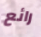
رائع